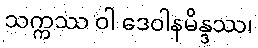
သက္ကဿ ဝါ ဒေဝါနမိန္ဒဿ၊